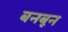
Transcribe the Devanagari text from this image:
बनबून